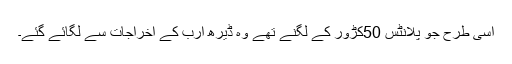
اسی طرح جو پلانٹس 50کڑور کے لگنے تھے وہ ڈیرھ ارب کے اخراجات سے لگائے گئے۔